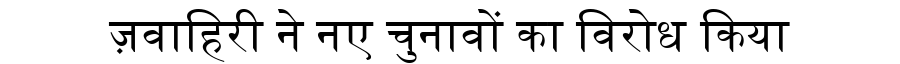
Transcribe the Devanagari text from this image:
ज़वाहिरी ने नए चुनावों का विरोध किया